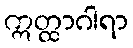
ဣတ္ထာဂါရာ